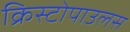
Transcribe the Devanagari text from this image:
क्रिस्टोपाउलस